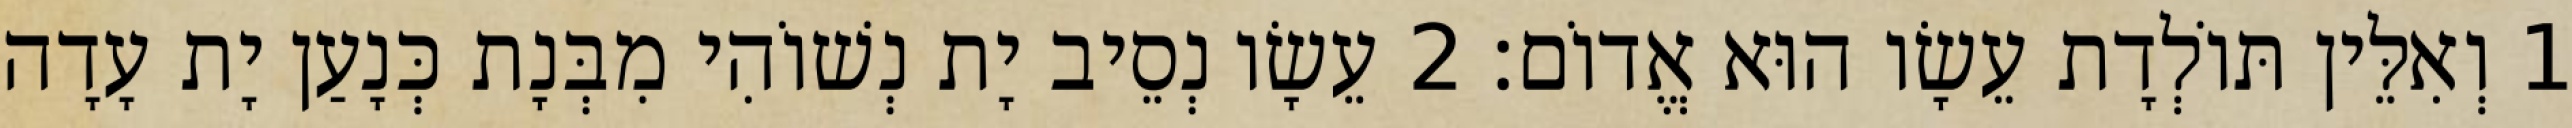
1 וְאִלֵּין תּוֹלְדָת עֵשָׂו הוּא אֱדוֹם׃ 2 עֵשָׂו נְסֵיב יָת נְשׁוֹהִי מִבְּנָת כְּנָעַן יָת עָדָה